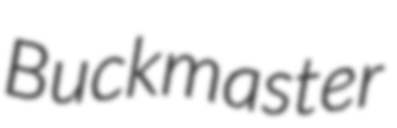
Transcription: Buckmaster